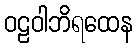
ဝဠဝါဘိရထေန